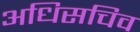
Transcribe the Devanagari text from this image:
अधिसचिव